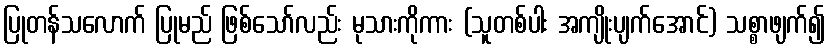
ပြုတန်သလောက် ပြုမည် ဖြစ်သော်လည်း မုသားကိုကား (သူတစ်ပါး အကျိုးပျက်အောင်) သစ္စာဖျက်၍